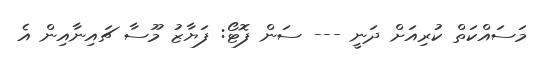
މަސައްކަތް ކުރިއަށް ދަނީ --- ސަން ފޮޓޯ: ފަޔާޒު މޫސާ ޗައިނާއިން އެ